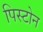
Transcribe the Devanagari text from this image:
पिस्टोन